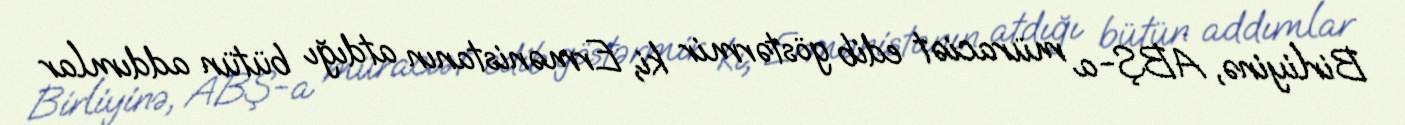
Birliyinə, ABŞ-a müraciət edib göstərmir ki, Ermənistanın atdığı bütün addımlar